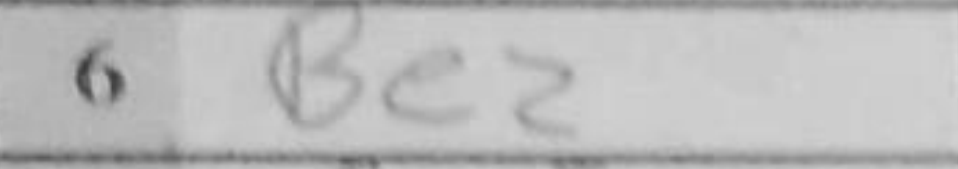
Transcription: Be2